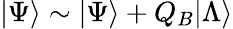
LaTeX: |\Psi\rangle\sim|\Psi\rangle+Q_{B}|\Lambda\rangle